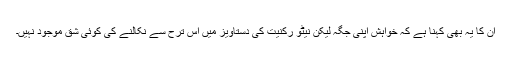
ان کا یہ بھی کہنا ہے کہ خواہش اپنی جگہ لیکن نیٹو رکنیت کی دستاویز میں اس ترح سے نکالنے کی کوئی شق موجود نہیں۔